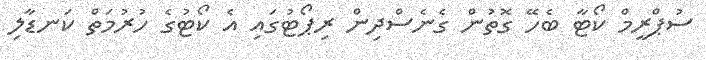
ސުޕްރީމް ކޯޓާ ބެހޭ ގޮތުން ގެނެސްދިން ރިޕޯޓުގައި އެ ކޯޓުގެ ހުރުމަތް ކަނޑާލި